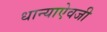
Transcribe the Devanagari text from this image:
धान्याऐवजी